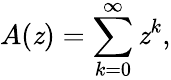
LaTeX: A(\mathit{z})=\sum_{k=0}^{\infty}\mathit{z}^{k},